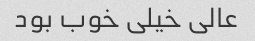
عالی خیلی خوب بود